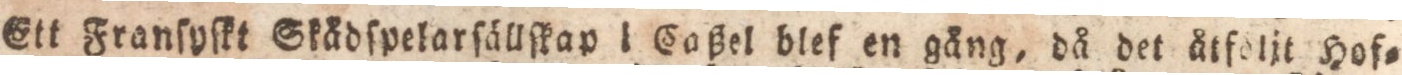
Ett Franſyſkt Skådſpelarſällſkap i Caßel blef en gång, då det åtfdlit Hof=